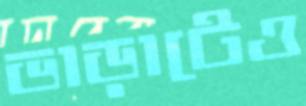
ভাড়াটেও